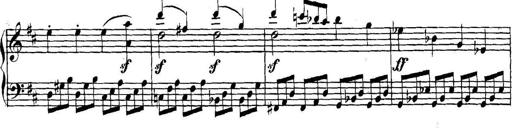
Title: Collected Piano Sonatas
Composer: Muzio Clementi